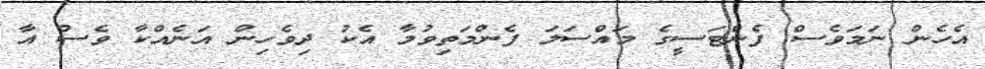
އެހެން ނަމަވެސް ފެންޓަސީގެ މައްސަލަ ފެންމަތިވުމާ އެކު ދިވެހިން އަނެއްކާ ވެސް އާ